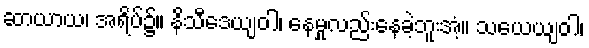
ဆာယာယ၊ အရိပ်၌။ နိသီဒေယျဝါ၊ နေမှုလည်းနေခဲ့ဘူးအံ့။ သယေယျဝါ၊